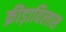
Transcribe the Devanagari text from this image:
क्रीड़ाविलास